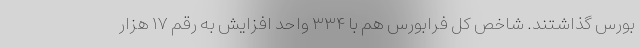
بورس گذاشتند. شاخص کل فرابورس هم با ۳۳۴ واحد افزایش به رقم ۱۷ هزار